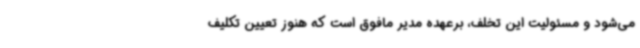
می‌شود و مسئولیت این تخلف، برعهده مدیر مافوق است که هنوز تعیین تکلیف